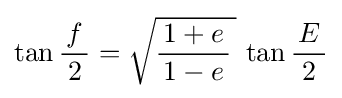
\tan {\frac {\,f\,}{2}}={\sqrt {{\frac {\,1+e\,}{1-e}}\,}}\,\tan {\frac {\,E\,}{2}}